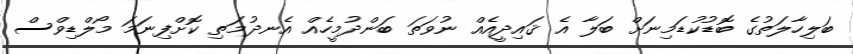
ބަލިހާލަތުގެ ބޮޑުކުޑަމިނަށް ބަލާ އެ ޤައިދީއެއް ނުވަތަ ބަންދުމީހެއް އެނދުމަތި ކޮށްފިނަމަ މޯލްޑިވްސް